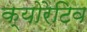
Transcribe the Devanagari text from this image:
क्योरेटिव